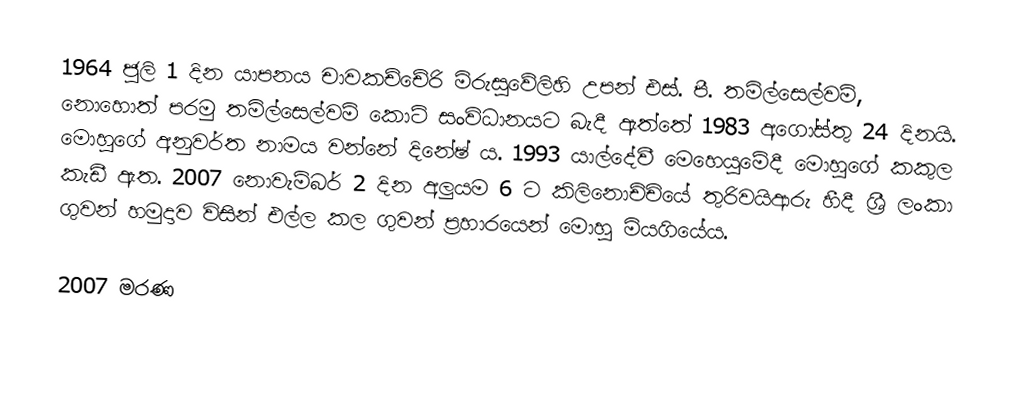
1964 ජුලි 1 දින යාපනය චාවකච්චේරි මිරුසුවේලිහි උපන් එස්. පී. තමිල්සෙල්වම්, නොහොත් පරමු තමිල්සෙල්වම් කොටි සංවිධානයට බැදී ඇත්තේ 1983 අගෝස්තු 24 දිනයි. මොහුගේ අනුවර්ත නාමය වන්නේ දිනේෂ් ය. 1993 යාල්දේවී මෙහෙයුමේදී මොහුගේ කකුල කැඩී ඇත. 2007 නොවැම්බර් 2 දින අලුයම 6 ට කිලිනොච්චියේ තුරිවයිආරු හීදී ශ්‍රී ලංකා ගුවන් හමුදාව විසින් එල්ල කල ගුවන් ප්‍රහාරයෙන් මොහු මියගියේය.

2007 මරණ